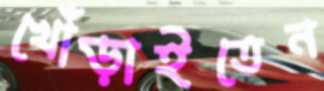
খোঁড়াইতেন